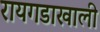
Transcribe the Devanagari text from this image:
रायगडाखाली